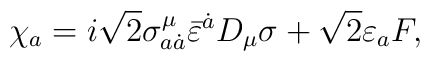
\chi_a = i \sqrt{2}\sigma^{\mu}_{a \dot a} \bar \varepsilon ^{\dot a} D_{\mu} \sigma + \sqrt{2}\varepsilon_a F,